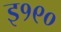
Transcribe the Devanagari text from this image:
इ१९०